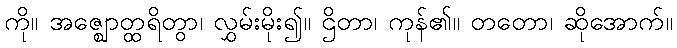
ကို။ အဇ္ဈောတ္ထရိတွာ၊ လွှမ်းမိုး၍။ ဌိတာ၊ ကုန်၏။ တတော၊ ဆိုအောက်။